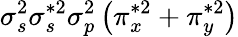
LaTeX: \sigma_{s}^{2}\sigma_{s}^{*2}\sigma_{p}^{2}\left(\pi_{x}^{*2}+\pi_{y}^{*2}\right)